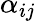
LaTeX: \alpha_{ij}